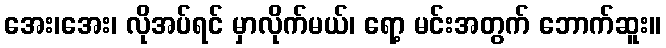
အေး၊အေး၊ လိုအပ်ရင် မှာလိုက်မယ်၊ ရော့ မင်းအတွက် ဘောက်ဆူး။